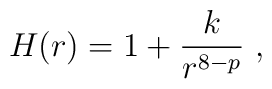
H(r) = 1 + \frac{k}{r^{8-p}}\ ,